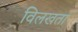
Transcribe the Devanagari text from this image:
विलखता